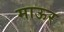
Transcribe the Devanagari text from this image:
माऊर